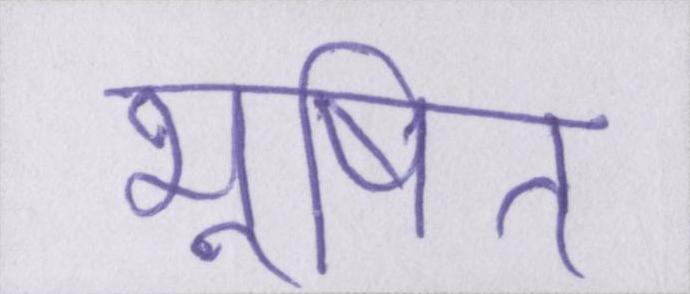
भूषित